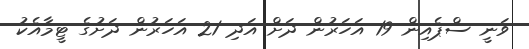
ވަނީ ސްޕެއިން 19 އަހަރުން ދަށް އަދި 21 އަހަރުން ދަށުގެ ޓީމާއެކު